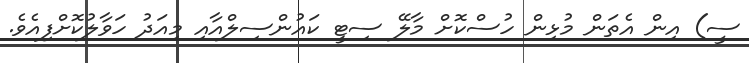
ސީ) އިން އެތަން މުޅިން ހުސްކޮށް މާލޭ ސިޓީ ކައުންސިލްއާއި މިއަދު ހަވާލުކޮށްފިއެވެ.